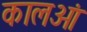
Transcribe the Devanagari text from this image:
कालओं